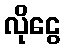
လိုငွေ